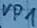
Text: VP1